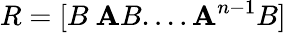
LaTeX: R=[B\ \mathbf{A}B....\mathbf{A}^{n-1}B]